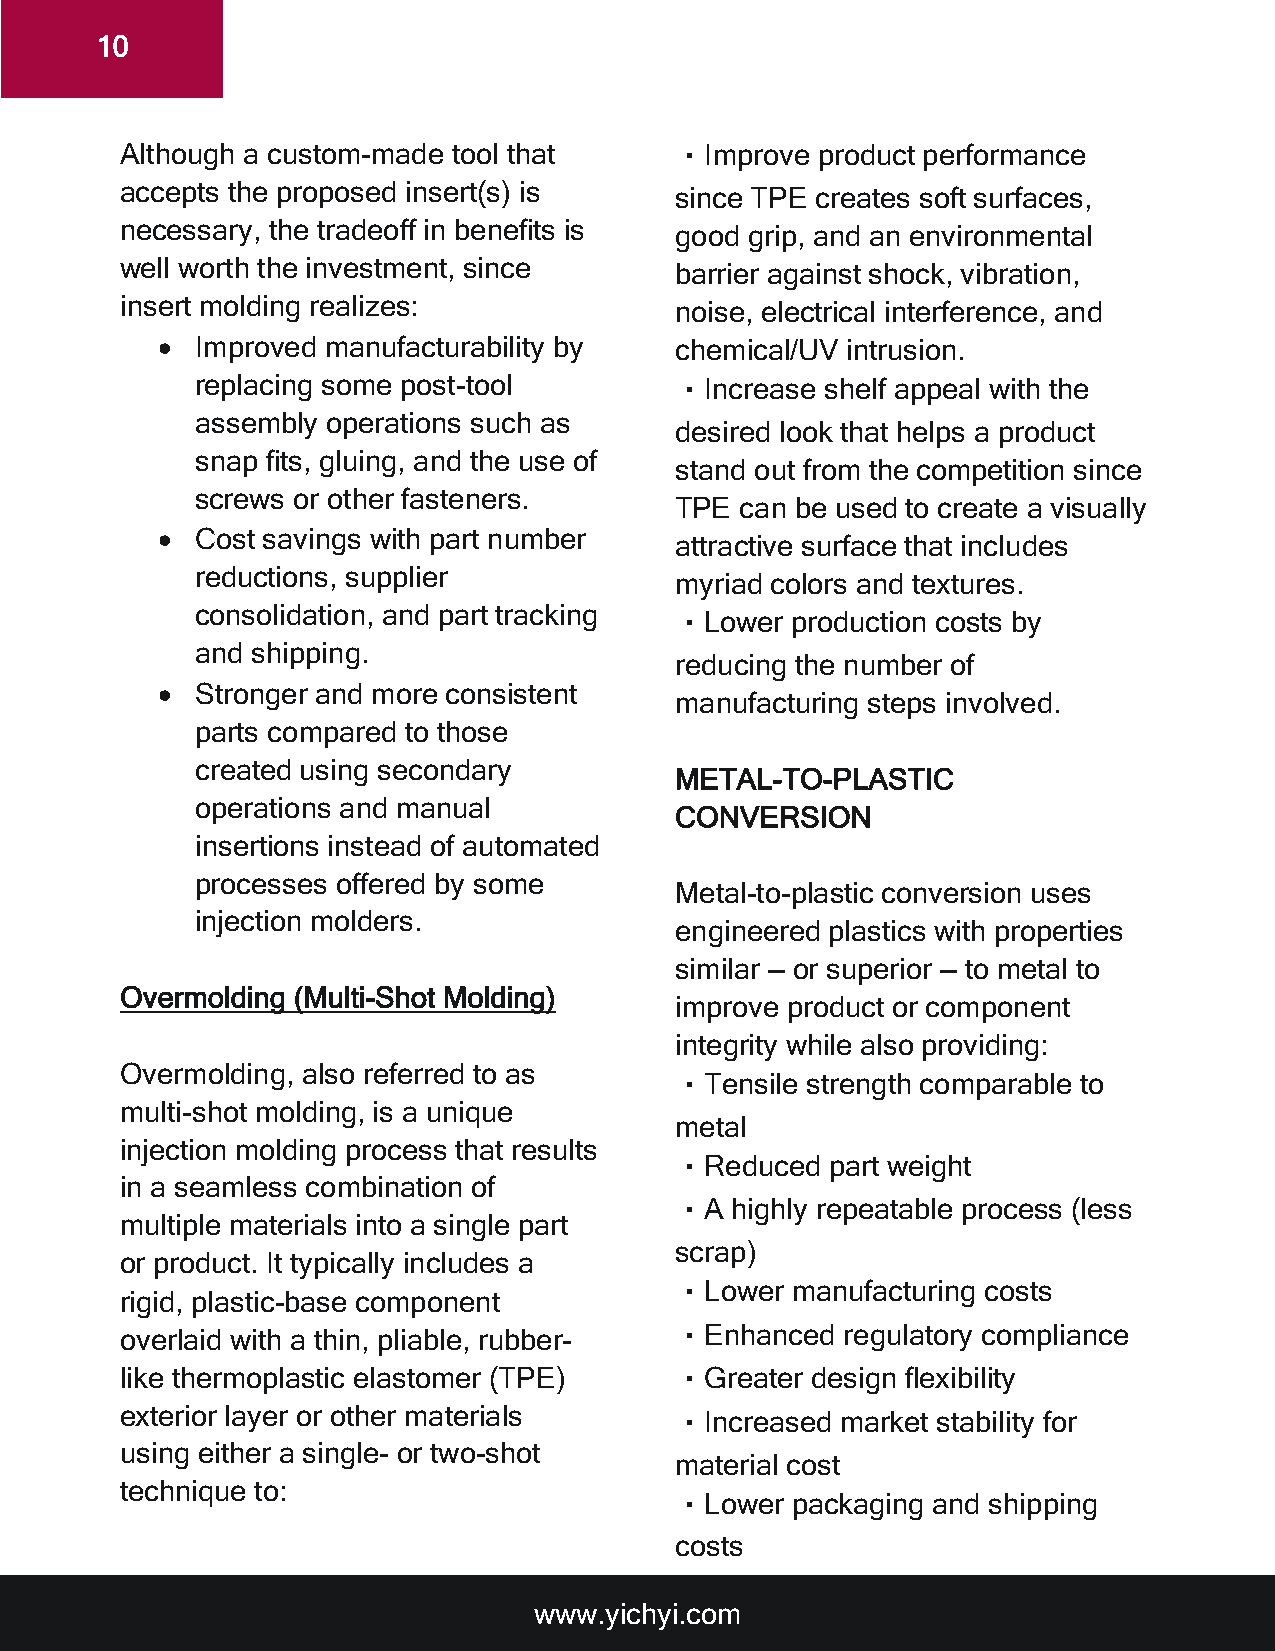
10
 Although a custom-made tool that     •Improve product performance
 accepts the proposed insert(s) is    since TPE creates soft surfaces,
 necessary, the tradeoff in benefits is good grip, and an environmental
 well worth the investment, since     barrier against shock, vibration,
 insert molding realizes:             noise, electrical interference, and
 •  Improved manufacturability by   chemical/UV intrusion.
 replacing some post-tool        •Increase shelf appeal with the
 assembly operations such as
 desired look that helps a product
 snap fits, gluing, and the use of
 stand out from the competition since
 screws or other fasteners.
 TPE can be used to create a visually
 •  Cost savings with part number
 attractive surface that includes
 reductions, supplier
 myriad colors and textures.
 consolidation, and part tracking
 •Lower production costs by
 and shipping.
 reducing the number of
 •  Stronger and more consistent
 manufacturing steps involved.
 parts compared to those
 created using secondary
 METAL-TO-PLASTIC
 operations and manual
 CONVERSION
 insertions instead of automated
 processes offered by some
 Metal-to-plastic conversion uses
 injection molders.
 engineered plastics with properties
 similar — or superior — to metal to
 Overmolding (Multi-Shot Molding)
 improve product or component
 integrity while also providing:
 Overmolding, also referred to as
 •Tensile strength comparable to
 multi-shot molding, is a unique
 metal
 injection molding process that results
 •Reduced  part weight
 in a seamless combination of
 •A highly repeatable process (less
 multiple materials into a single part
 scrap)
 or product. It typically includes a
 •Lower manufacturing costs
 rigid, plastic-base component
 overlaid with a thin, pliable, rubber- •Enhanced regulatory compliance
 like thermoplastic elastomer (TPE)   •Greater design flexibility
 exterior layer or other materials    •Increased market stability for
 using either a single- or two-shot
 material cost
 technique to:
 •Lower packaging and shipping
 costs
 www.yichyi.com